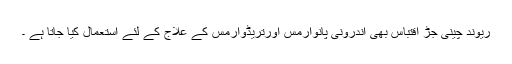
ریوند چینی جڑ اقتباس بھی اندرونی پانوارمس اورتریڈوارمس کے علاج کے لئے استعمال کیا جاتا ہے ۔